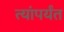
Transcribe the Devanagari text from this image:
त्यांपर्यंत